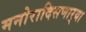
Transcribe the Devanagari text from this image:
मनोरादिसणार्‍या